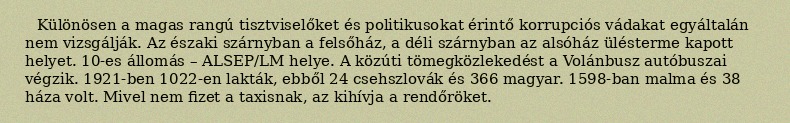
Különösen a magas rangú tisztviselőket és politikusokat érintő korrupciós vádakat egyáltalán nem vizsgálják. Az északi szárnyban a felsőház, a déli szárnyban az alsóház ülésterme kapott helyet. 10-es állomás – ALSEP/LM helye. A közúti tömegközlekedést a Volánbusz autóbuszai végzik. 1921-ben 1022-en lakták, ebből 24 csehszlovák és 366 magyar. 1598-ban malma és 38 háza volt. Mivel nem fizet a taxisnak, az kihívja a rendőröket.